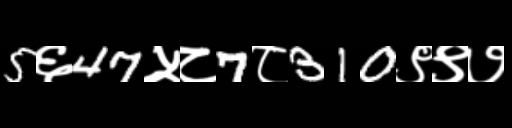
Text: 5६47५८7८310९९७